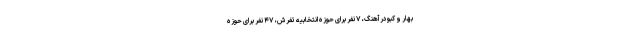
بهار و کبودرآهنگ، ۷ نفر برای حوزه انتخابیه تفرش، ۴۷ نفر برای حوزه